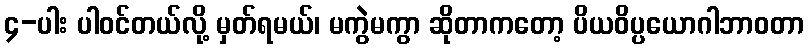
၄-ပါး ပါဝင်တယ်လို့ မှတ်ရမယ်၊ မကွဲမကွာ ဆိုတာကတော့ ပိယဝိပ္ပယောဂါဘာဝတာ